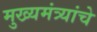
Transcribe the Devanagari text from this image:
मुख्यमंत्र्यांचे